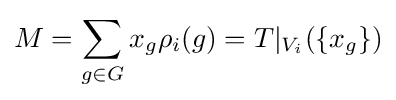
M=\sum _{g\in G}x_{g}\rho _{i}(g)=T|_{V_{i}}(\{x_{g}\})